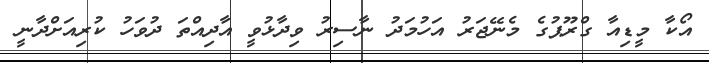
އޯކާ މީޑިއާ ގްރޫޕުގެ މެނޭޖަރު އަހުމަދު ނާސިރު ވިދާޅުވީ އާދިއްތަ ދުވަހު ކުރިއަށްދާނީ